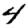
Digit: 4